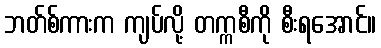
ဘတ်စ်ကားက ကျပ်လို့ တက္ကစီကို စီးရအောင်။